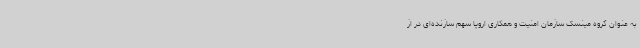
به عنوان گروه مینسک سازمان امنیت و همکاری اروپا سهم سازنده‌ای در از